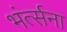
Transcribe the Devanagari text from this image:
भंर्त्सना